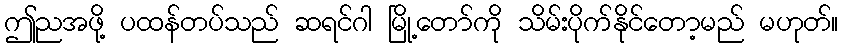
ဤညအဖို့ ပထန်တပ်သည် ဆရင်ဂါ မြို့တော်ကို သိမ်းပိုက်နိုင်တော့မည် မဟုတ်။